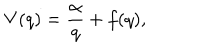
LaTeX: V ( q ) = \frac { \alpha } { q } + f ( q ) ,